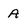
Character: A